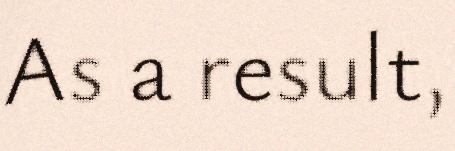
As a result,